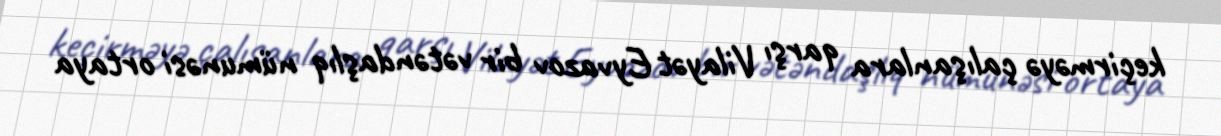
keçirməyə çalışanlara qarşı Vilayət Eyvazov bir vətəndaşlıq nümunəsi ortaya